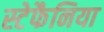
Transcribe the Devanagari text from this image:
स्टेफैनिया